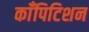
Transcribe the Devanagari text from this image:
काँपिटिशन